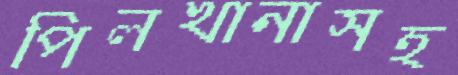
পিলখানাসহ